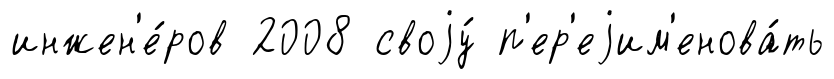
инжен'е́ров 2008 своjу́ п'ер'еjим'енова́ть